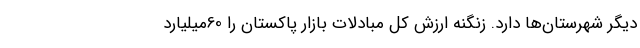
دیگر شهرستان‌ها دارد. زنگنه ارزش کل مبادلات بازار پاکستان را 60میلیارد